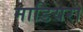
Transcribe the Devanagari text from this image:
माडियरा